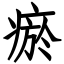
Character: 瘀